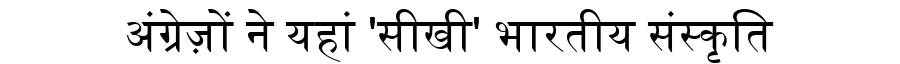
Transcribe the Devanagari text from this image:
अंग्रेज़ों ने यहां 'सीखी' भारतीय संस्कृति